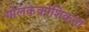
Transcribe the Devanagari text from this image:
गोलककोशिकता